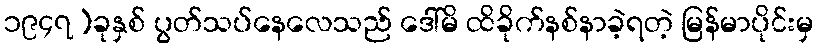
၁၉၄၇)ခုနှစ် ပွတ်သပ်နေလေသည် ဒေါ်မိ ထိခိုက်နစ်နာခဲ့ရတဲ့ မြန်မာပိုင်းမှ